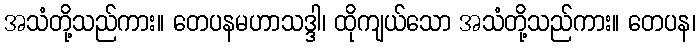
အသံတို့သည်ကား။ တေပနမဟာသဒ္ဒါ၊ ထိုကျယ်သော အသံတို့သည်ကား။ တေပန၊